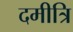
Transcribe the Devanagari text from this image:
दमीत्रि